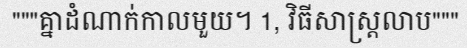
"""គ្នាដំណាក់កាលមួយ។ 1, វិធីសាស្ត្រលាប"""